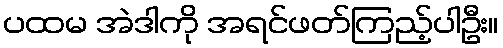
ပထမ အဲဒါကို အရင်ဖတ်ကြည့်ပါဦး။